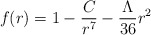
\begin{align*}f(r) = 1 - \frac{C}{r^7} - \frac{\Lambda}{36}r^2\end{align*}